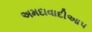
અમદાવાદીઆપ